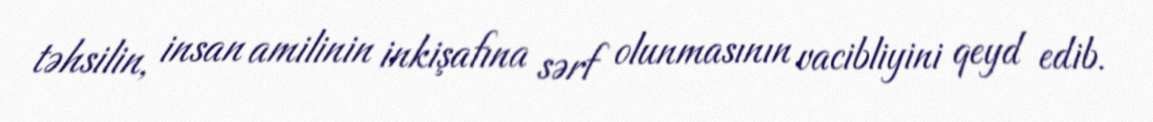
təhsilin, insan amilinin inkişafına sərf olunmasının vacibliyini qeyd edib.